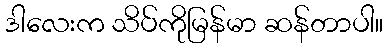
ဒါလေးက သိပ်ကိုမြန်မာ ဆန်တာပါ။